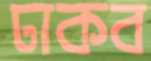
ঢাকব